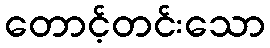
တောင့်တင်းသော